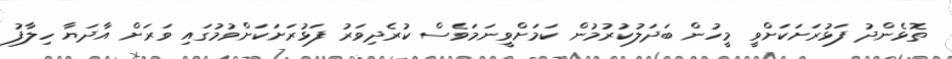
ތޮޅެންދު ފަޅުރަށަކަށްވީ މީހުން ބަދަލުކުރުމުން ކަމަށްވީނަމަވެސް ކުރެދިވަރު ފަޅުރަށަކަށްވުމުގައި ވަރަށް އާދަޔާ ހިލާފު